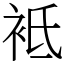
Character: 袛